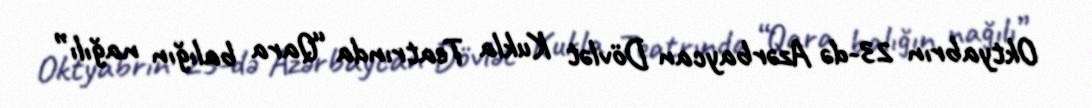
Oktyabrın 23-də Azərbaycan Dövlət Kukla Teatrında “Qara balığın nağılı”